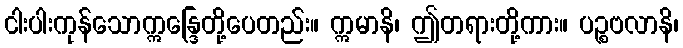
ငါးပါးကုန်သောဣန္ဒြေတို့ပေတည်း။ ဣမာနိ၊ ဤတရားတို့ကား။ ပဉ္စဗလာနိ၊